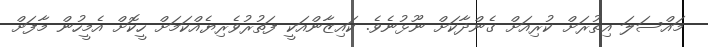
މައްސަލަ އިތުރަށް ކުރިއަށް ގެންދާކަށް ނޫޅުނެވެ. ކައިޒާންއަކީ ފަތުރުވެރިޔެއްކަމަށް ހީކޮށް އެމީހުން މާފަށް